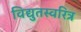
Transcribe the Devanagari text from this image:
विद्युतस्वरित्र